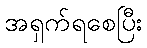
အရှက်ရစေပြီး